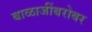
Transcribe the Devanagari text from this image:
बाळाजींबरोबर